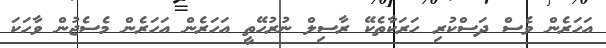
އަހަރެން ވެސް ދަސްކުރި ހަރަކާތެކޭ ރާސިލް ނުރުހޭތީ އަހަރެން އަހަރެން މެސެޖުން ވާހަކަ